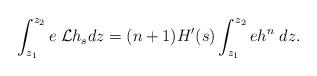
LaTeX: \begin{align*}\int_{z_1}^{z_2} e {\cal\; L}h_s dz=(n+1)H'(s)\int_{z_1}^{z_2} eh^n \;dz. \end{align*}